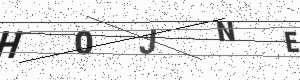
Text: H0JNE